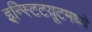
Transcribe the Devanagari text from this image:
इन्स्टिटय़ूटमध्ये